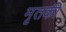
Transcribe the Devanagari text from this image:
मृतकी